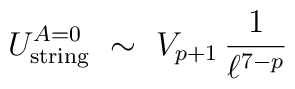
U_{\rm string}^{A=0} ~\sim~ V_{p+1}\,\frac{1}{\ell^{7-p}}